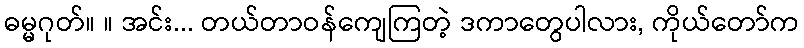
ဓမ္မဂုတ်။ ။ အင်း... တယ်တာဝန်ကျေကြတဲ့ ဒကာတွေပါလား, ကိုယ်တော်က